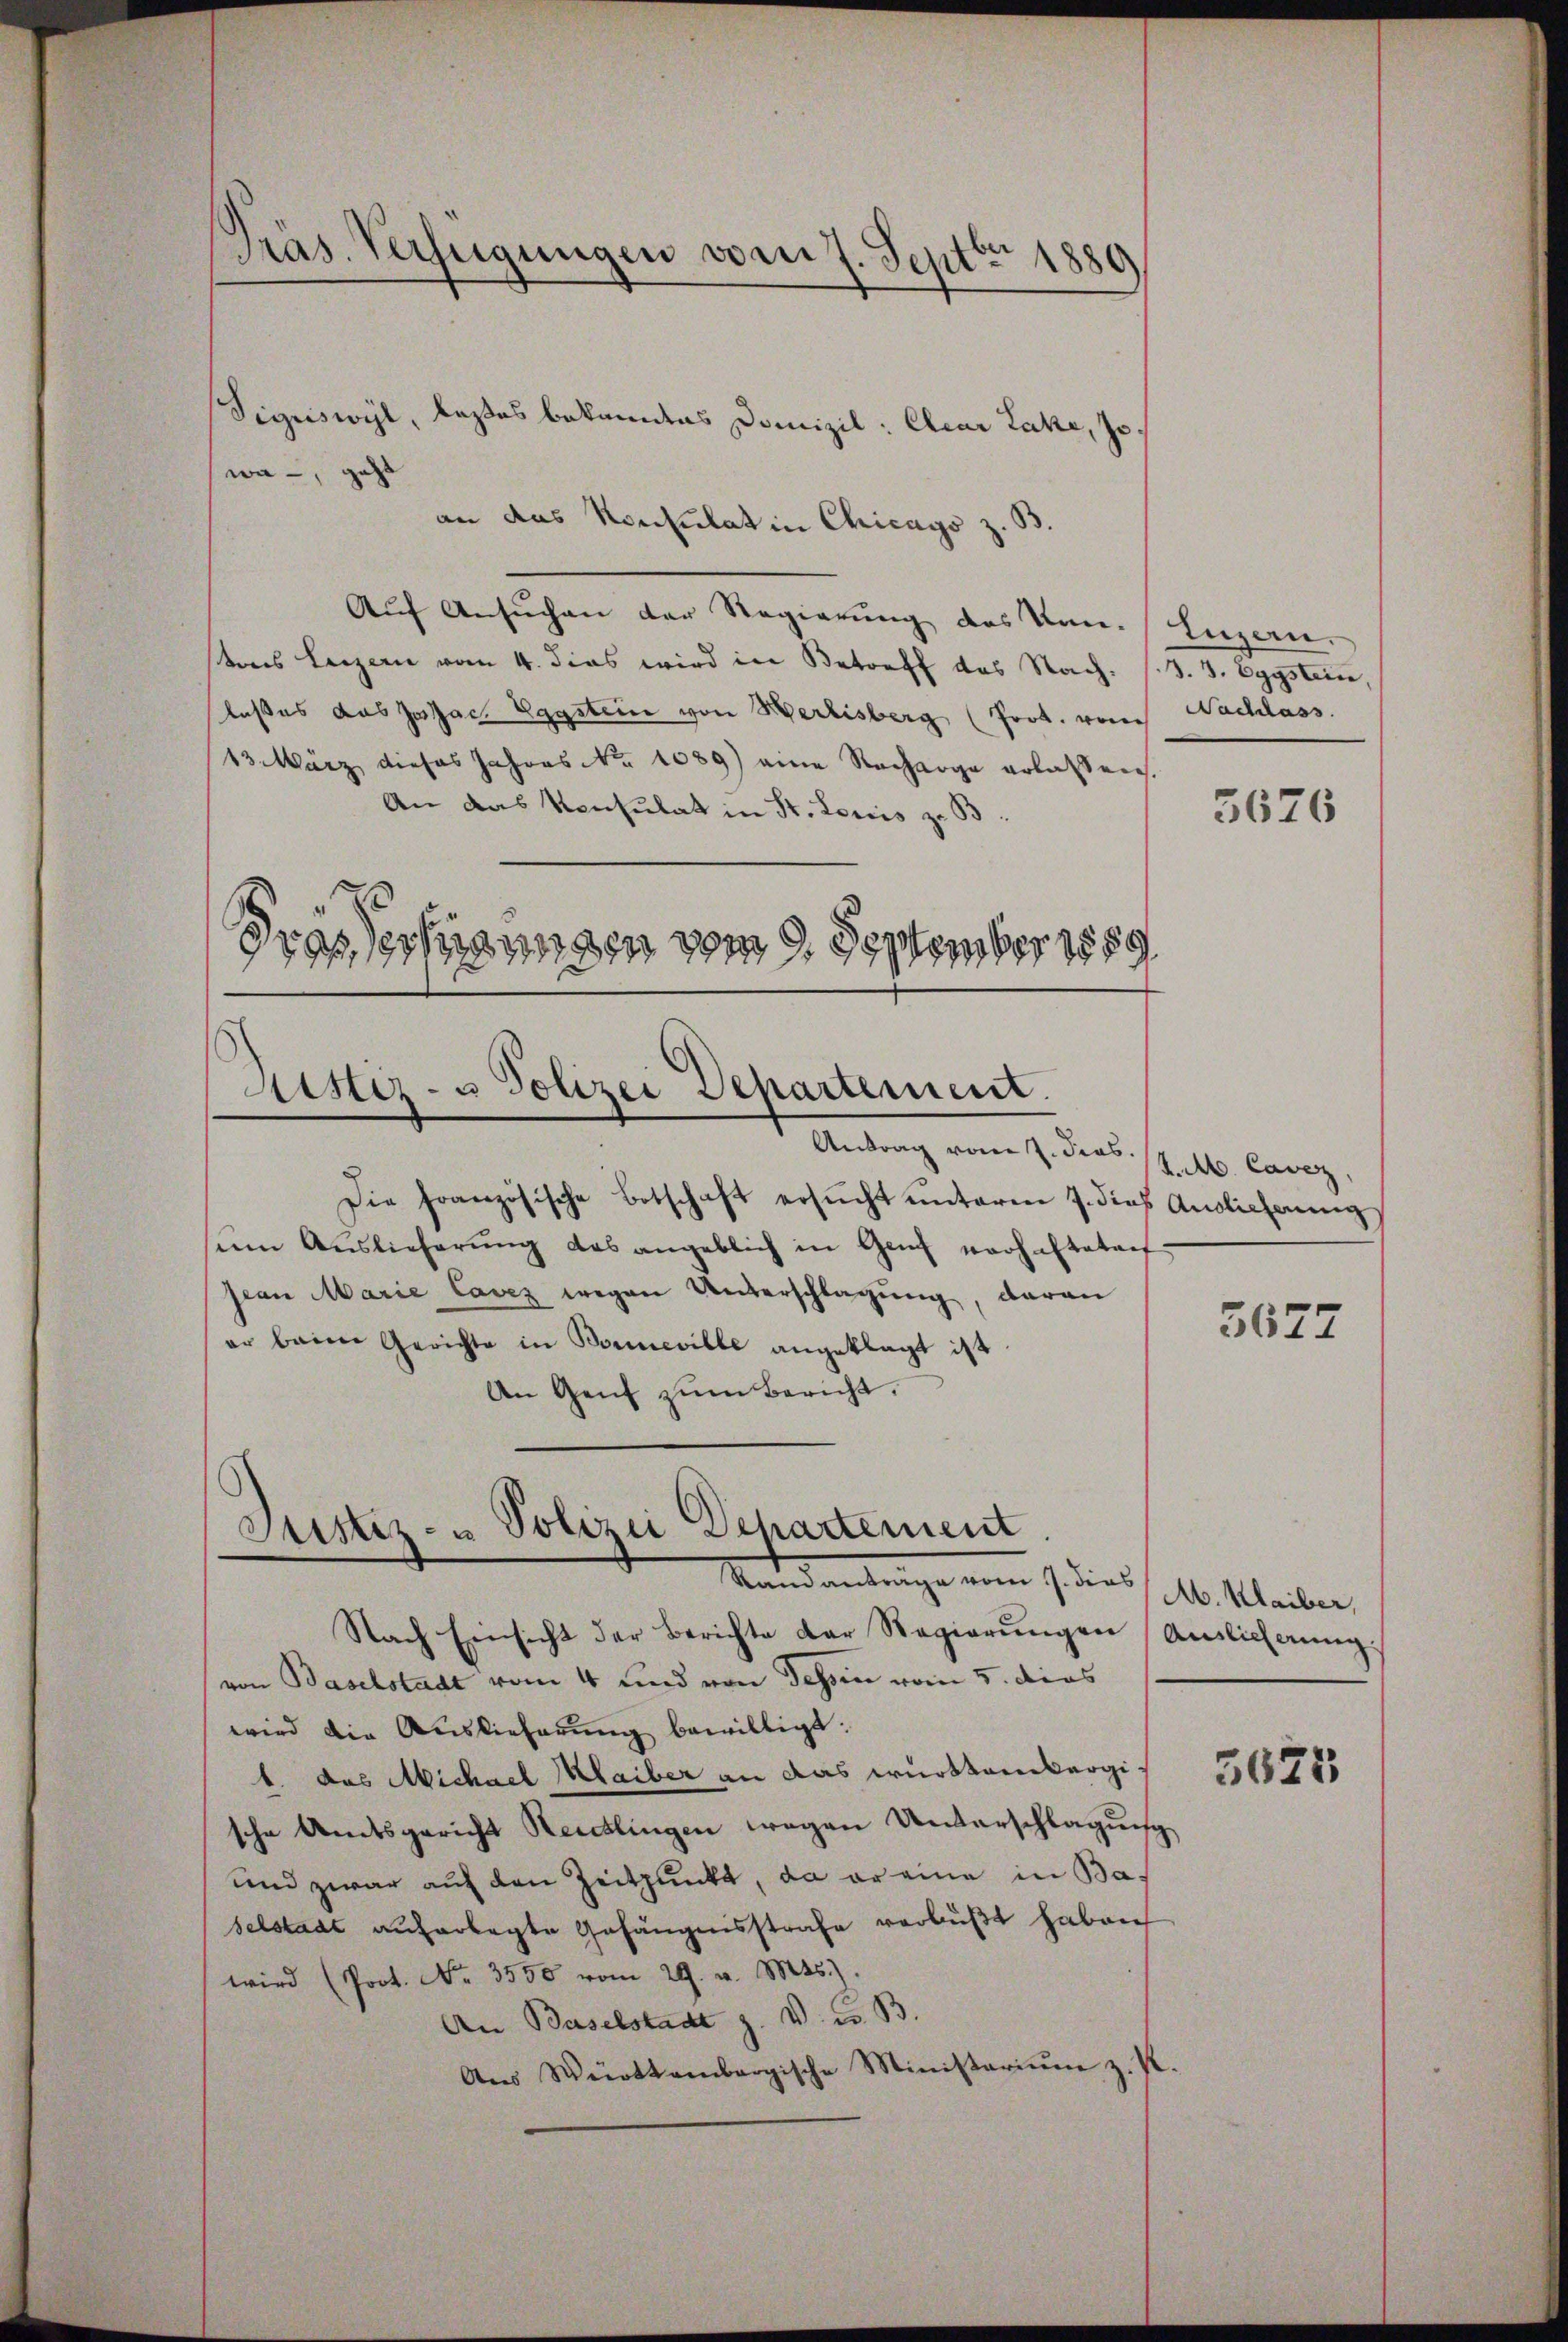
Präs. Verfügungen vom 7. Septbr 1889

an das Konsulat in Chicago z. S
Aŭf Ansŭchen der Regierŭng des Kan. Inzen.
stens Luzern vom 4. dies wird in Betreff des Nach. (S. 5. Eggslein,
laßes das Josa. Eggstein von Herlisberg (Prot. von Nachlass
13. März dieses Jahres No 1089) eine Nacharge erlassen.
An das Konsulat in St. Loris z. B.
Frassertigungen vom 9. September 1889.

wa, geht

Aistiz- u Polizei Departement.
Antrag vom 7. Jos. /. M. Cavez,

Sigriswyl, laßes bekanntes Domizil: Elear Lake, so¬

Die französische Botschaft ersŭcht ŭnterm 7. dies Auslicherŭng
ŭm Aŭslieferŭng des angeblich in Genf verhalteten
pian Marie Cavez wegen Unterschlagung, daran
er beim Gerichte in Bonneville angeklagt ist
An Genf zum Bericht,

Justiz- & Polizei Departement
Stand antrage vom 9. dies / 16. Meiler,

Nach Einsicht der Berichte der Regierŭngen Auslicherŭng
von Baselstadt vom 4 und von Tessin vom 5. dies
wird die Auslieferung bewilligt.
b. das Michael Maiber an das württembergi
sche Amtsgericht Reutlingen wegen Unterschlagung
und zwar auf den Zeitpunkt, da er eine in Bas
selstadt auferlegte Gefängnisstrafe verbüßt haben
wird (Prot. No. 3500 vom 29. v. Mts.
An Baselstadt z. V. u. B
Aŭs Württembergische Ministeriŭm z. K.

5676

3677

5625